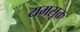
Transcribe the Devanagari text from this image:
यमसूक्त